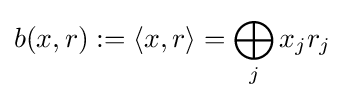
b(x,r):=\langle x,r\rangle =\bigoplus _{j}x_{j}r_{j}